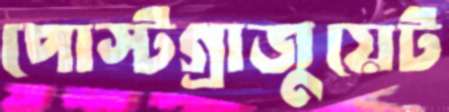
পোস্টগ্রাজুয়েট